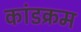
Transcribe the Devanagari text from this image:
कांडक्रम